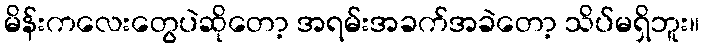
မိန်းကလေးတွေပဲဆိုတော့ အရမ်းအခက်အခဲတော့ သိပ်မရှိဘူး။